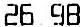
26.98